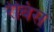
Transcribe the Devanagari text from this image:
रेबिस